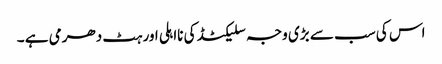
اس کی سب سے بڑی وجہ سلیکٹڈ کی نااہلی اور ہٹ دھرمی ہے ۔